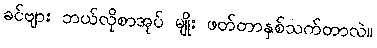
ခင်ဗျား ဘယ်လိုစာအုပ် မျိုး ဖတ်တာနှစ်သက်တာလဲ။